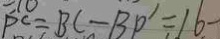
P C = B C - B P ^ { \prime } = 1 6 -